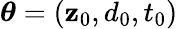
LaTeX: \boldsymbol{\theta}=(\mathbf{z}_{0},d_{0},t_{0})